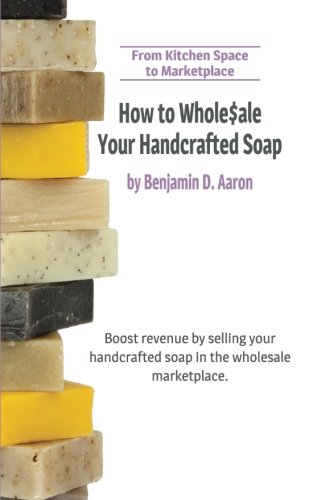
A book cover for How to Wholesale Your Handcrafted Soap: From Kitchen Space to Marketplace; Benjamin Aaron; Crafts, Hobbies & Home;